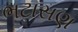
ભટાસણ